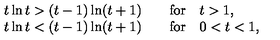
\begin{array} { l } { t \ln t > ( t - 1 ) \ln ( t + 1 ) \qquad \mathrm { f o r } \quad t > 1 , } \\ { t \ln t < ( t - 1 ) \ln ( t + 1 ) \qquad \mathrm { f o r } \quad 0 < t < 1 , } \\ \end{array}